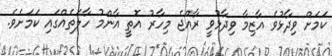
ކަމަށް ވިދާޅުވެ އާޒިމާ ވިދާޅުވީ ރާއްޖެ މިހާރު އޮތީ އާންމު ހާލަތެއްގައި ކަމަށެވެ.